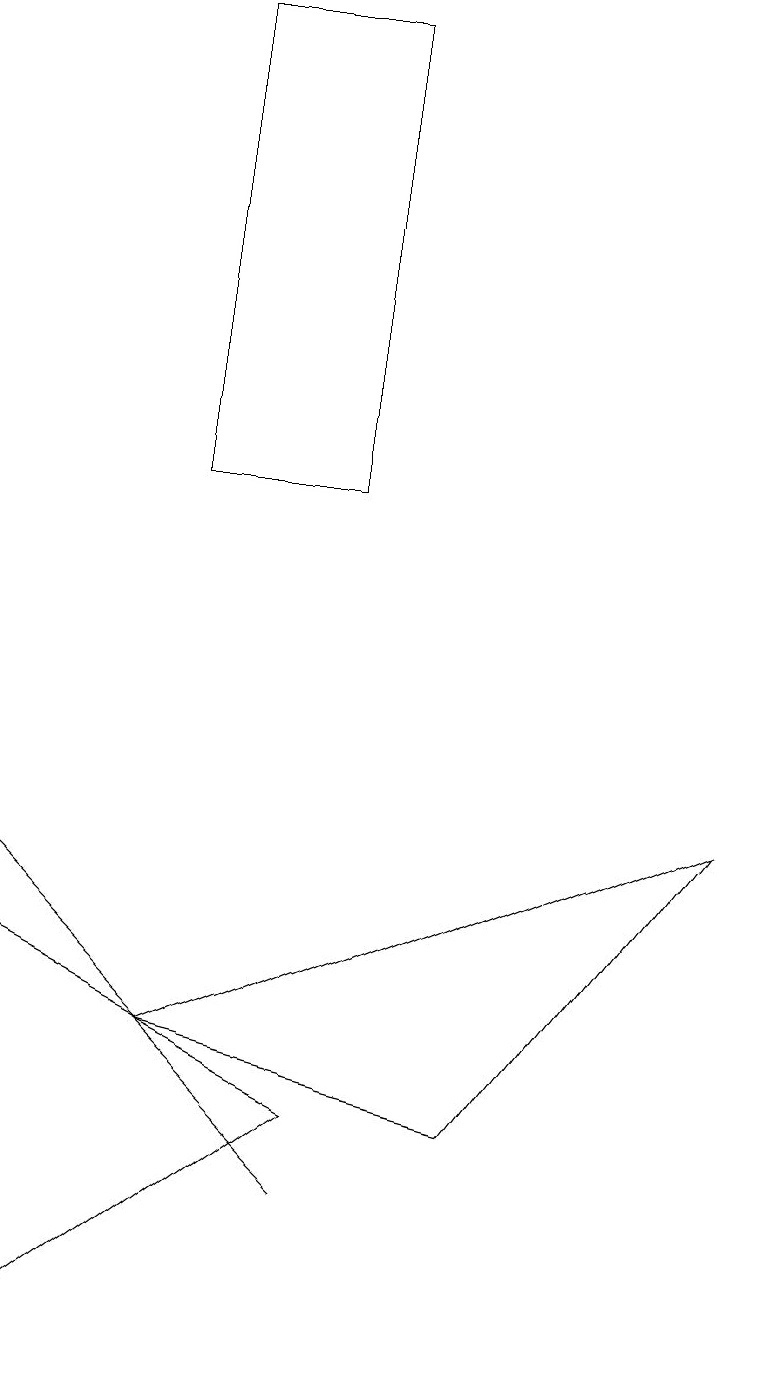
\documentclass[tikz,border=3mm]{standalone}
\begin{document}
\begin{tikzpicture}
\draw (0,7) -- (4,5) -- (0,2) -- cycle;
\draw (3,5) -- (4,4) -- (0,8) -- cycle;
\draw (4,19) rectangle (2,13);
\draw (6,5) -- (9,9) -- (2,6) -- cycle;
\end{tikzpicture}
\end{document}